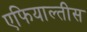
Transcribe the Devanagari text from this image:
एफियाल्तीस